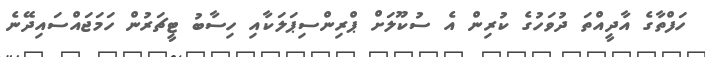
ހަފްތާގެ އާދީއްތަ ދުވަހުގެ ކުރިން އެ ސުކޫލަށް ޕްރިންސިޕަލަކާއި ހިސާބު ޓީޗަރުން ހަމަޖައްސައިދޭނެ